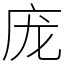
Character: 庞